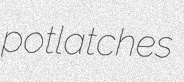
potlatches